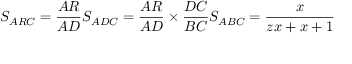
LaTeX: S _ { A R C } = { \frac { A R } { A D } } S _ { A D C } = { \frac { A R } { A D } } \times { \frac { D C } { B C } } S _ { A B C } = { \frac { x } { z x + x + 1 } }